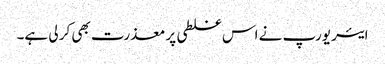
ایئر یورپ نے اس غلطی پر معذرت بھی کر لی ہے۔